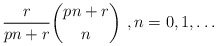
\begin{align*}\frac{r}{pn+r}\binom{pn+r}{n}\ , n=0,1,\ldots \end{align*}